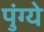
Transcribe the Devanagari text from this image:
पुंग्ये